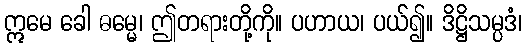
ဣမေ ခေါ ဓမ္မေ၊ ဤတရားတို့ကို။ ပဟာယ၊ ပယ်၍။ ဒိဋ္ဌိသမ္ပဒံ၊